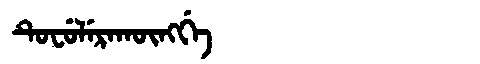
Manchu: ᡨᡠᠸᡠᠯᡝᡵᠠᡴᡡᠩᡤᡝ
Romanization: TUFULERAKŪNGGE